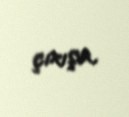
çıxışa.